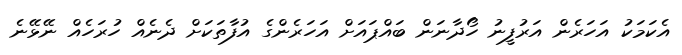
އެކަމަކު އަހަރެން އަރުފީނު ހޯދާނަން ބައްޕައަށް އަހަރެންގެ އުފާތަކަށް ދެނެއް ހުރަހެއް ނޭޅޭނެ